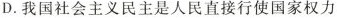
D.我国社会主义民主是人民直接行使国家权力